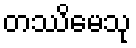
တဿိမေသု